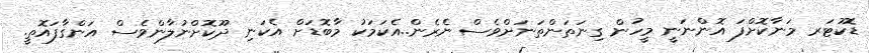
ޑޮކުޓަރ މަނާކޮށްފަ އޮންނަނީ މީހުން ގިނަތަންތަނަށްވެސް ނެރެން..އެކަމަކު މާބޮޑަށް އެކަނި ދޫކޮށްނުލާންވެސް އަންގާފައޮތީ.